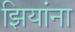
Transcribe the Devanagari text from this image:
झियांना